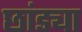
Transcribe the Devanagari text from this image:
छांड्या